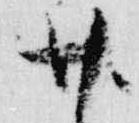
廿